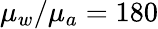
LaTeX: \mu_{w}/\mu_{a}=180